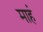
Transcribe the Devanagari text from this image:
माहं